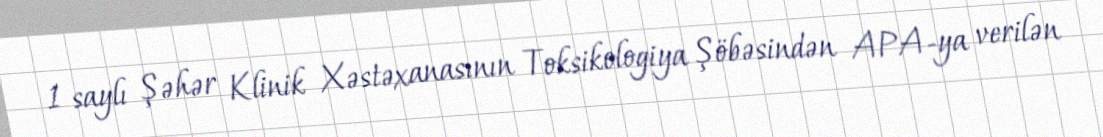
1 saylı Şəhər Klinik Xəstəxanasının Toksikologiya Şöbəsindən APA-ya verilən